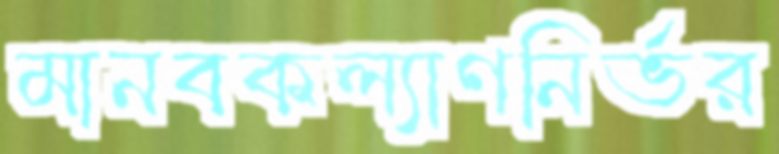
মানবকল্যাণনির্ভর